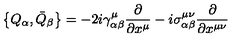
\bigl \{ Q _ { \alpha } , \bar { Q } _ { \beta } \bigr \} = - 2 i \gamma _ { \alpha \beta } ^ { \mu } \frac { \partial } { \partial x ^ { \mu } } - i \sigma _ { \alpha \beta } ^ { \mu \nu } \frac { \partial } { \partial x ^ { \mu \nu } }